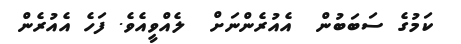
ކަމުގެ ސަބަބުން  އެއުރެންނަށް  ލެއްވީއެވެ. ފަހެ އެއުރެން